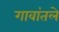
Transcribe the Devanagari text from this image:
गावांतले